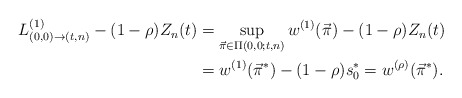
\begin{align*}\begin{aligned} L^{(1)}_{(0,0)\to(t,n)}-(1-\rho)Z_n(t)&=\sup_{\vec{\pi}\in\Pi(0,0;t,n)}w^{(1)}(\vec{\pi})-(1-\rho)Z_n(t)\\ &=w^{(1)}(\vec{\pi}^*)-(1-\rho)s_0^*=w^{(\rho)}(\vec{\pi}^*).\end{aligned}\end{align*}